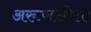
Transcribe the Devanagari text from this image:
अरूणखोला